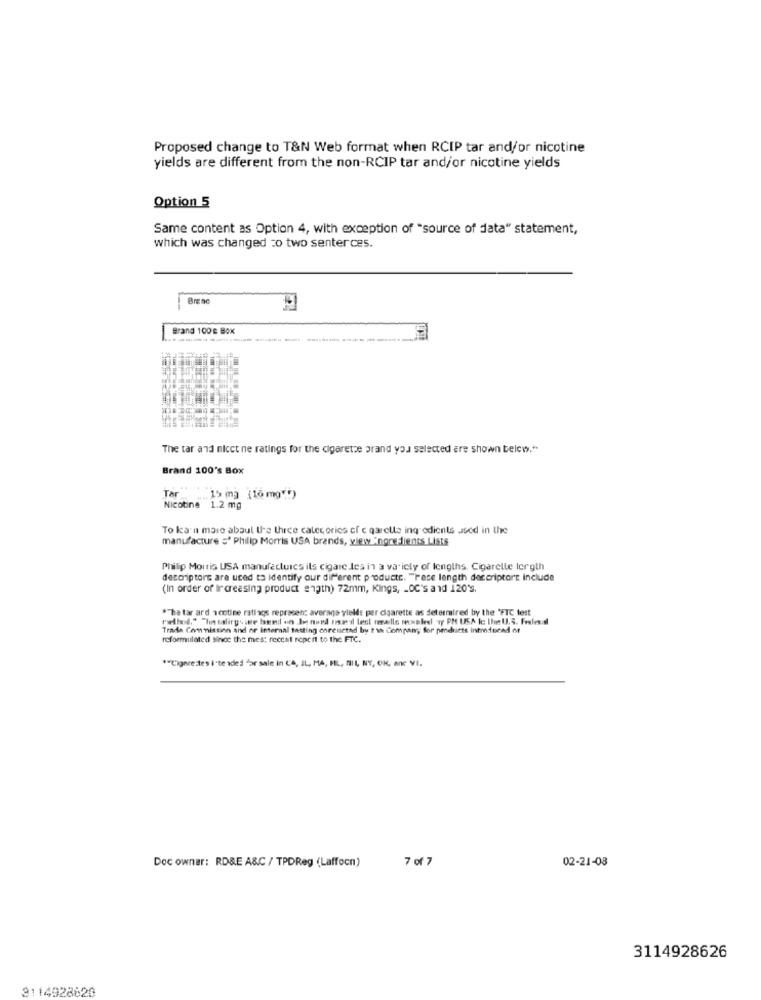
Proposed change to T&N Web format when RCIP tar and/or nicotine
yields are different from the non-RCIP tar and/or nicotine yields
Option 5
Same content as Option 4, with exception of "source of data" statement,
which was changed co two senterces.
Breno
Brand 100g Box
The tar and nicct ne ratings for the cigarette brand you selected are shown below."
Brand 100's Box
Tar _ ".15 mg (16 mg"!)
Nicotine 1.2 mg
To learn more about the three categories of c garella ingredients .sod in the
manufacture sª Philip Morris USA brands, view ingredients Lists
Philip Morris USA manufactuics ils cigare les in a variety of lengths. Cigarelle lergth
descriptors are used to identify our different products. "Fece length descriptort include
(In order of Increasing product ength) 72mm, Kings, - OC's and 120's.
*The tar ard scotine ratlags represent average yields per cigarette as determined by the "FTC test
rthod." ha salirgs se bend on Je nord usa'd lest reelle messled! vy PM USA Ic Ihm U.S. Federal
Trade Commission and or internal tasting corcuerad by t ih Company, for products introduced or
reformulated sinot the mes: receat repent to the FTC.
*"Cigarestes i'te aded for sale in CA, IL, MA, MIL, BIL NY, OK, anc VI.
02-21-08
Doc owner: RD&E A&C / TPDReg (Laffocn)
7 of 7
3114928626
3114928820